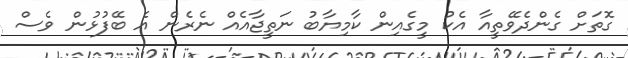
ގޮތަށް ގެންދެވޭތީއާ އެކު މީގެއިން ކާމިޔާބު ނަތީޖާއެއް ނެރެން އެ ބޭފުޅުން ވެސް